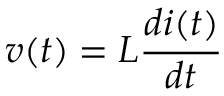
v ( t ) = L { \frac { d i ( t ) } { d t } }